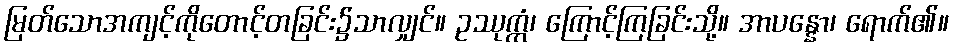
မြတ်သောအကျင့်ကိုတောင့်တခြင်း၌သာလျှင်။ ဥဿုက္ကံ၊ ကြောင့်ကြခြင်းသို့။ အာပန္နော၊ ရောက်၏။